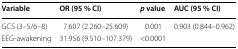
<table><thead><tr><td><b>Variable</b></td><td><b>OR (95 % CI)</b></td><td><b><i>p</i> value</b></td><td><b>AUC (95 % CI)</b></td></tr></thead><tbody><tr><td>GCS (3–5/6–8)</td><td>7.607 (2.260–25.609)</td><td>0.001</td><td rowspan="2">0.903 (0.844–0.962)</td></tr><tr><td>EEG-awakening</td><td>31.956 (9.510–107.379)</td><td>&lt;0.0001</td></tr></tbody></table>